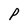
Character: P